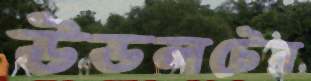
উডলটের